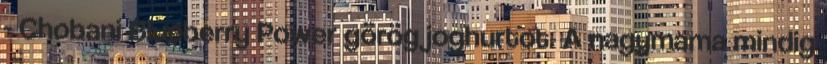
- Chobani Blueberry Power görög joghurtot. A nagymama mindig